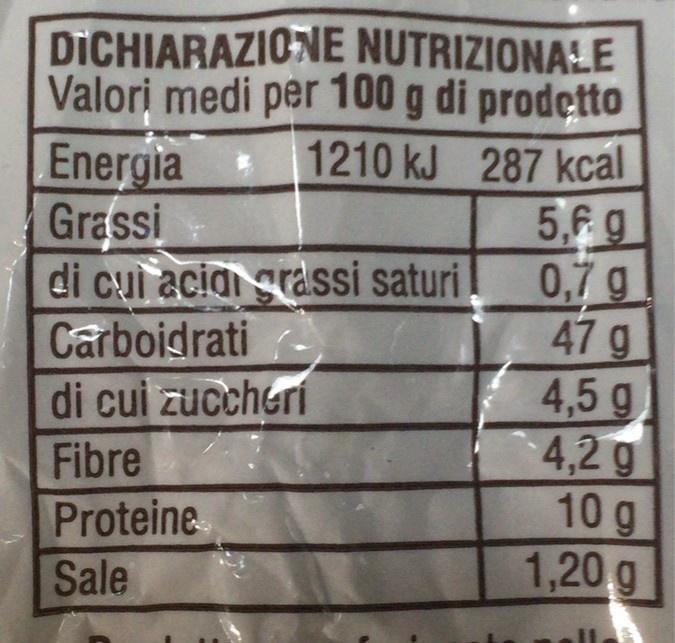
DICHIARAZIONE NUTRIZIONALE Valori medi per 100 g di prodetto Energia Grassi
1210 kJ 287 kcal
5,6 g 0,7 g 47 g 4,5 g 4,2 g 10 g 1,20 g
di cui aciai grassi saturi Carboidrati
di cui zuccheri
Fibre
Proteine
Sale